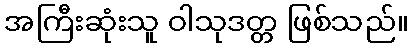
အကြီးဆုံးသူ ဝါသုဒတ္တ ဖြစ်သည်။